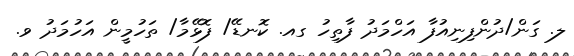
ލ. ގަން/ދުންފިނިއުފާ އަހްމަދު ފާތިހު ގއ. ކޮނޑޭ/ ފޮޅޭމާ/ ތަހުމީން އަހުމަދު ވ.